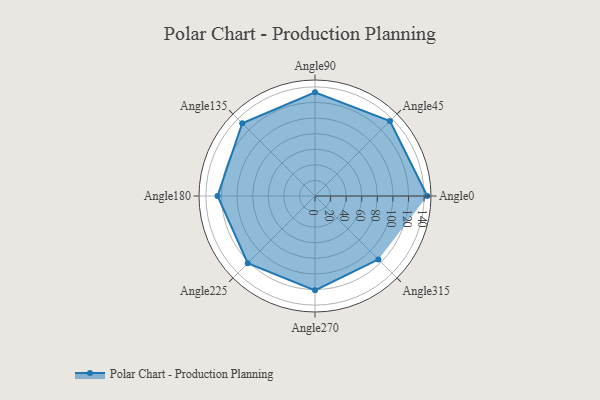
{"axis": {"x": "Angle", "y": "Radius"}, "legend": [""], "data": [{"x": "Angle0", "y": 144.0, "type": ""}, {"x": "Angle45", "y": 136.0, "type": ""}, {"x": "Angle90", "y": 133.0, "type": ""}, {"x": "Angle135", "y": 132.0, "type": ""}, {"x": "Angle180", "y": 125.0, "type": ""}, {"x": "Angle225", "y": 122.0, "type": ""}, {"x": "Angle270", "y": 121.0, "type": ""}, {"x": "Angle315", "y": 115.0, "type": ""}]}